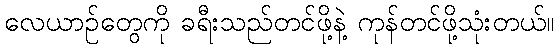
လေယာဉ်တွေကို ခရီးသည်တင်ဖို့နဲ့ ကုန်တင်ဖို့သုံးတယ်။